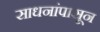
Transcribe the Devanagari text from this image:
साधनांपासून